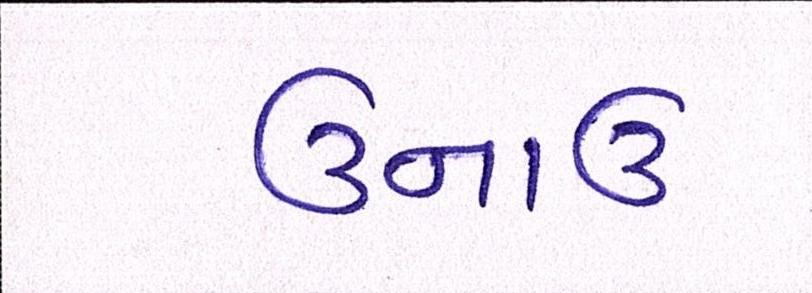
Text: ઉનાઈ